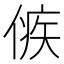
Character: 㑵